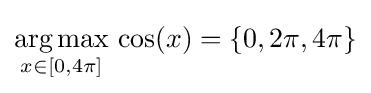
{\underset {x\in [0,4\pi ]}{\operatorname {arg\,max} }}\,\cos(x)=\{0,2\pi ,4\pi \}